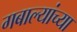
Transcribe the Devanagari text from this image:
गबाल्यांच्या